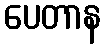
ပေတာန